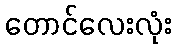
တောင်လေးလုံး